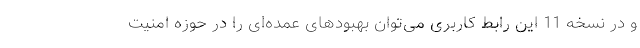
و در نسخه 11 این رابط کاربری می‌توان بهبودهای عمده‌ای را در حوزه امنیت